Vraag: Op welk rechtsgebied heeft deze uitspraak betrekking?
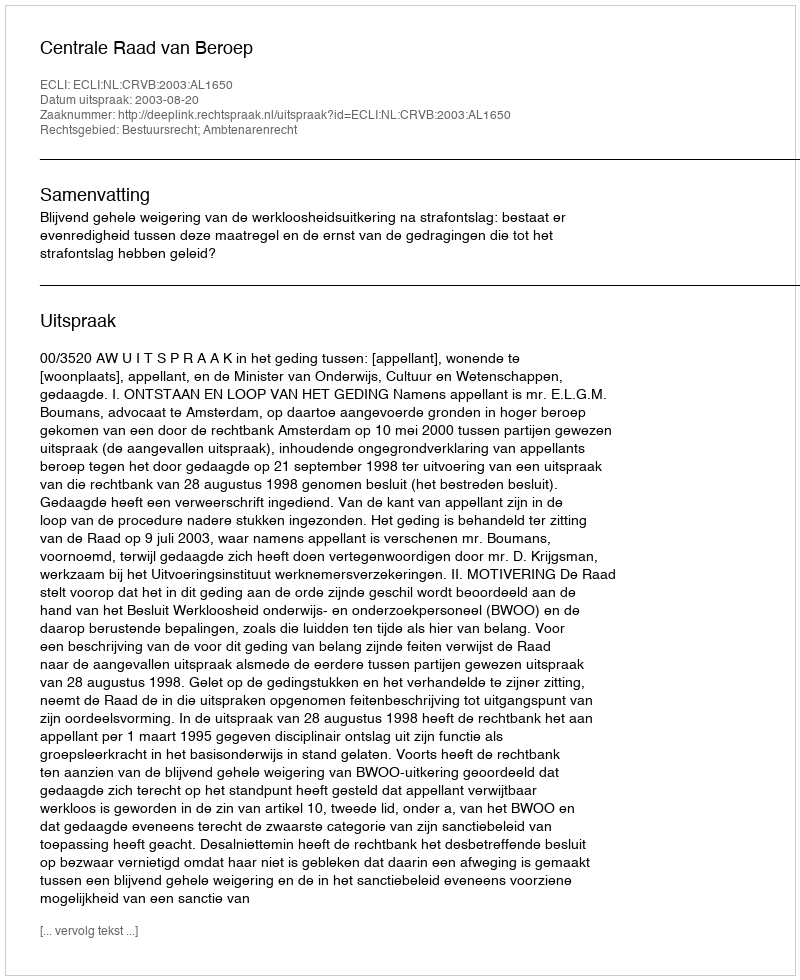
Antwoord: Bestuursrecht; Ambtenarenrecht